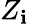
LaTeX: Z_{\mathbf{i}}